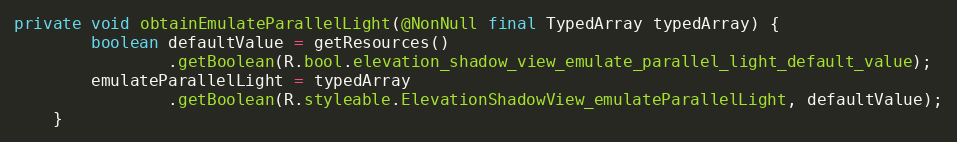
Language: Java
private void obtainEmulateParallelLight(@NonNull final TypedArray typedArray) {
        boolean defaultValue = getResources()
                .getBoolean(R.bool.elevation_shadow_view_emulate_parallel_light_default_value);
        emulateParallelLight = typedArray
                .getBoolean(R.styleable.ElevationShadowView_emulateParallelLight, defaultValue);
    }